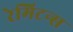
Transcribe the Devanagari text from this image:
रेमिटन्स